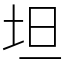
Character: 坦